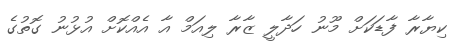
ކިޔާރާ ފާޑަކަށް މޫނު ހަދާލީ ޒާރާ ލިއަމް އާ އެއްކޮށް އުޅުނު ގޮތުގެ